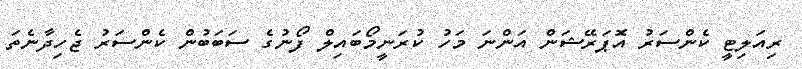
ރިއަލިޓީ ކެންސަރު އޮޕަރޭޝަން އަންނަ މަހު ކުރަނީމޯބައިލް ފޯނުގެ ސަބަބުން ކެންސަރު ޖެހިދާނެތަ